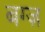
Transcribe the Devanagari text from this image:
बग्ज़